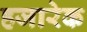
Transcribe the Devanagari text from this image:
हजारेक